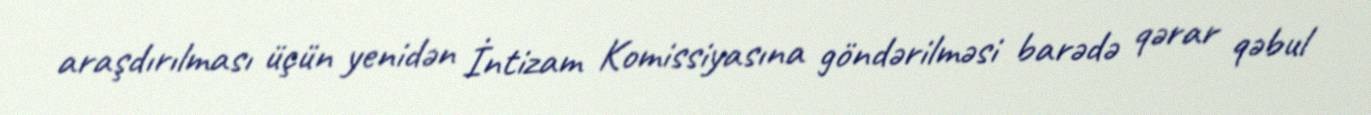
araşdırılması üçün yenidən İntizam Komissiyasına göndərilməsi barədə qərar qəbul